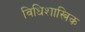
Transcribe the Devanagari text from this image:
विधिशास्त्रिक